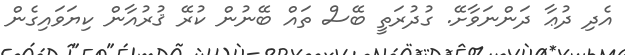
އެދި ދުޢާ ދަންނަވާށޭ. ގުދުރަތީ ބޭސް ތައް ބޭނުން ކުރޭ ޤުރުއާން ކިޔަވައިގެން